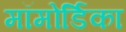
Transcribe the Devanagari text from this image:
मॉमोर्डिका